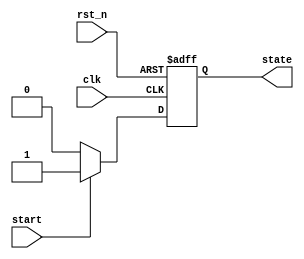
module state_machine (
    input wire clk,       // Clock signal
    input wire rst_n,     // Active-low reset
    input wire start,     // Start signal to transition to ACTIVE state
    output reg state      // Current state output (0: IDLE, 1: ACTIVE)
);

    // State encoding
    localparam IDLE = 1'b0;
    localparam ACTIVE = 1'b1;

    // Sequential logic using non-blocking assignments
    always @(posedge clk or negedge rst_n) begin
        if (!rst_n) begin
            state <= IDLE; // Reset state to IDLE
        end else begin
            if (start) begin
                state <= ACTIVE; // Transition to ACTIVE state
            end else begin
                state <= IDLE; // Remain in IDLE state if start is not asserted
            end
        end
    end

endmodule